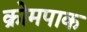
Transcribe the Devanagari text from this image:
क्रोमपाक